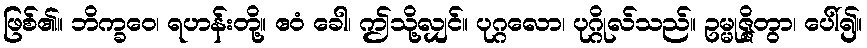
ဖြစ်၏။ ဘိက္ခဝေ၊ ရဟန်းတို့။ ဧဝံ ခေါ၊ ဤသို့လျှင်။ ပုဂ္ဂလော၊ ပုဂ္ဂိုလ်သည်။ ဥမ္မုဇ္ဇိတွာ၊ ပေါ်၍။